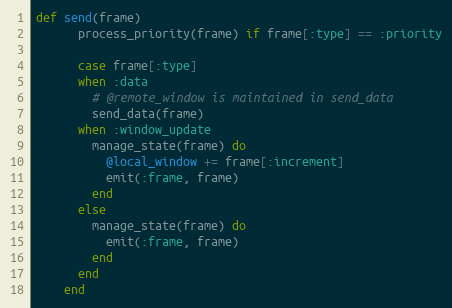
Language: Ruby
def send(frame)
      process_priority(frame) if frame[:type] == :priority

      case frame[:type]
      when :data
        # @remote_window is maintained in send_data
        send_data(frame)
      when :window_update
        manage_state(frame) do
          @local_window += frame[:increment]
          emit(:frame, frame)
        end
      else
        manage_state(frame) do
          emit(:frame, frame)
        end
      end
    end